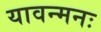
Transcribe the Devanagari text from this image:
यावन्मनः